Source: Handwritten
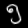
Digit: ၅ (5)